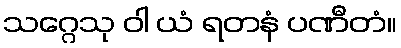
သဂ္ဂေသု ဝါ ယံ ရတနံ ပဏီတံ။